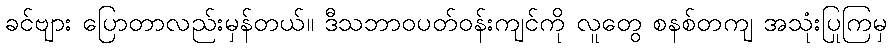
ခင်ဗျား ပြောတာလည်းမှန်တယ်။ ဒီသဘာဝပတ်ဝန်းကျင်ကို လူတွေ စနစ်တကျ အသုံးပြုကြမှ